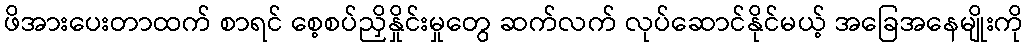
ဖိအားပေးတာထက် စာရင် စေ့စပ်ညှိနှိုင်းမှုတွေ ဆက်လက် လုပ်ဆောင်နိုင်မယ့် အခြေအနေမျိုးကို